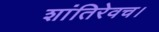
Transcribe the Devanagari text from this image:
शांतिरेवच।